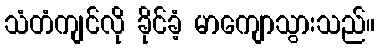
သံတံကျင်လို ခိုင်ခံ့ မာကျောသွားသည်။